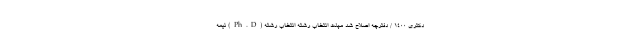
دکتری ۱۴۰۰ / دفترچه اصلاح شد مهلت انتخاب رشته انتخاب رشته (Ph.D) نیمه